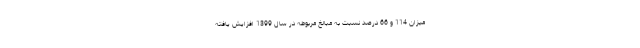
میزان 114 و 66 درصد نسبت به مبالغ مربوطه در سال 1399 افزایش یافته